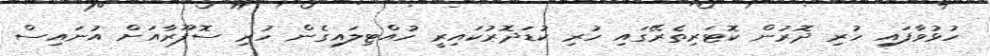
ހުޅުވާފައި ހުރި ދޮރުން ކޮޓަރިތެރޭގައި ހުރި ކުޑަދޮރުކައިރީ ހުއްޓިލައިގެން ހުރި ސޮފޫރާއަށް އުނައިސް